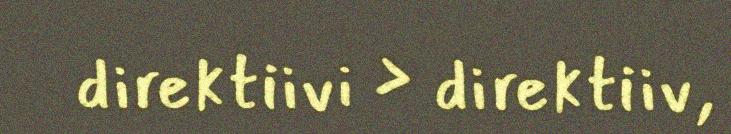
direktiivi > direktiiv,